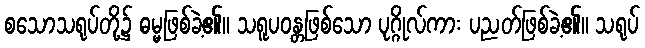
စသောသရုပ်တို့၌ ဓမ္မဖြစ်ခဲ့၏။ သရူပဝန္တဖြစ်သော ပုဂ္ဂိုလ်ကား ပညတ်ဖြစ်ခဲ့၏။ သရုပ်